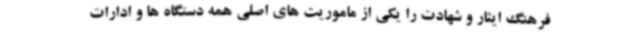
فرهنگ ایثار و شهادت را یکی از ماموریت های اصلی همه دستگاه ها و ادارات